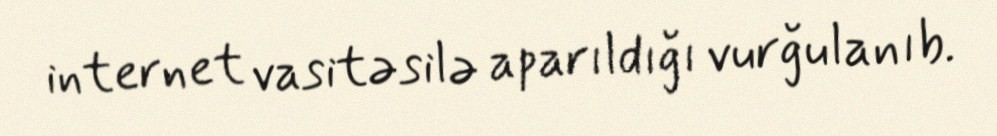
internet vasitəsilə aparıldığı vurğulanıb.